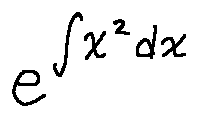
e ^ { \int x ^ { 2 } d x }